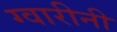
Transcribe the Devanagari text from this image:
ग्वारीनी